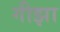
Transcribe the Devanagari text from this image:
गीझा